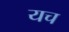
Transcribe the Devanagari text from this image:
यच